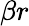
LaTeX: \beta r